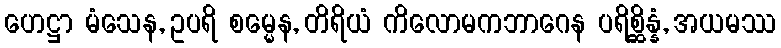
ဟေဋ္ဌာ မံသေန, ဥပရိ စမ္မေန, တိရိယံ ကိလောမကဘာဂေန ပရိစ္ဆိန္နံ, အယမဿ